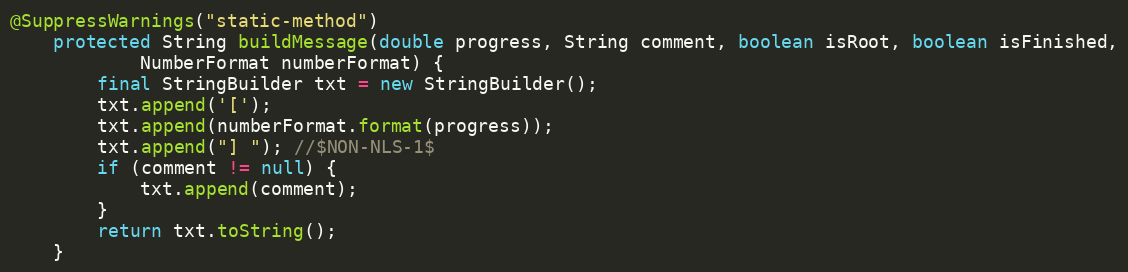
Language: Java
@SuppressWarnings("static-method")
	protected String buildMessage(double progress, String comment, boolean isRoot, boolean isFinished,
			NumberFormat numberFormat) {
		final StringBuilder txt = new StringBuilder();
		txt.append('[');
		txt.append(numberFormat.format(progress));
		txt.append("] "); //$NON-NLS-1$
		if (comment != null) {
			txt.append(comment);
		}
		return txt.toString();
	}